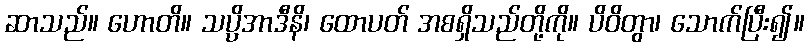
ဆာသည်။ ဟောတိ။ သပ္ပိအာဒီနိ၊ ထောပတ် အစရှိသည်တို့ကို။ ပိဝိတွာ၊ သောက်ပြီး၍။